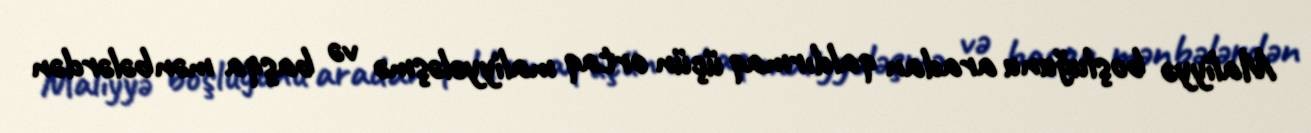
Maliyyə boşluğunu aradan qaldırmaq üçün ortaq maliyyələşmə və başqa mənbələrdən